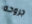
جروحه